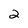
Character: 2